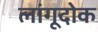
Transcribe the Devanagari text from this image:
लांगूदोक